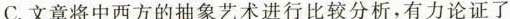
C.文章将中西方的抽象艺术进行比较分析,有力论证了